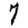
Digit: 7